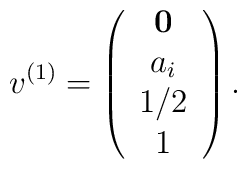
v^{(1)}=\left(\begin{array}{ccc}{\bf 0} \\a_i \\1/2 \\1\end{array}\right).